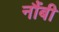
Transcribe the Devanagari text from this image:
नौंबी